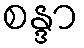
စန္ဒာ